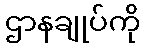
ဌာနချုပ်ကို